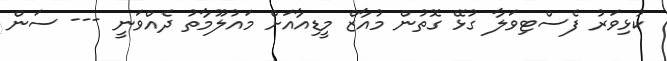
ކުޅިވަރު ފެސްޓިވަލާ ގުޅޭ ގޮތުން މުއާޒް މީޑިއާއަށް މައުލޫމާތު ދެއްވަނީ --- ސަން